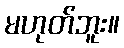
မဟုတ်ဘူး။